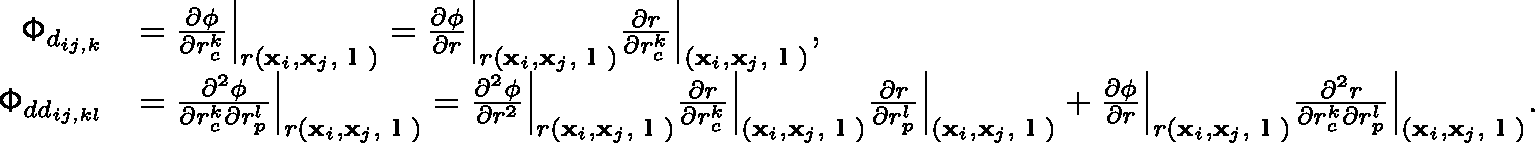
\begin{array} { r l } { \mathsf { \Phi } _ { d _ { i j , k } } } & { = \ensuremath { \frac { \partial \phi } { \partial r _ { c } ^ { k } } } \Bigr | _ { r ( \ensuremath { \mathbf { x } } _ { i } , \ensuremath { \mathbf { x } } _ { j } , \textbf { l } ) } = \ensuremath { \frac { \partial \phi } { \partial r } } \Bigr | _ { r ( \ensuremath { \mathbf { x } } _ { i } , \ensuremath { \mathbf { x } } _ { j } , \textbf { l } ) } \ensuremath { \frac { \partial r } { \partial r _ { c } ^ { k } } } \Bigr | _ { ( \ensuremath { \mathbf { x } } _ { i } , \ensuremath { \mathbf { x } } _ { j } , \textbf { l } ) } , } \\ { \mathsf { \Phi } _ { d d _ { i j , k l } } } & { = \frac { \partial ^ { 2 } \phi } { \partial r _ { c } ^ { k } \partial r _ { p } ^ { l } } \Bigr | _ { r ( \ensuremath { \mathbf { x } } _ { i } , \ensuremath { \mathbf { x } } _ { j } , \textbf { l } ) } = \ensuremath { \frac { \partial ^ { 2 } \phi } { \partial r ^ { 2 } } } \Bigr | _ { r ( \ensuremath { \mathbf { x } } _ { i } , \ensuremath { \mathbf { x } } _ { j } , \textbf { l } ) } \ensuremath { \frac { \partial r } { \partial r _ { c } ^ { k } } } \Bigr | _ { ( \ensuremath { \mathbf { x } } _ { i } , \ensuremath { \mathbf { x } } _ { j } , \textbf { l } ) } \ensuremath { \frac { \partial r } { \partial r _ { p } ^ { l } } } \Bigr | _ { ( \ensuremath { \mathbf { x } } _ { i } , \ensuremath { \mathbf { x } } _ { j } , \textbf { l } ) } + \ensuremath { \frac { \partial \phi } { \partial r } } \Bigr | _ { r ( \ensuremath { \mathbf { x } } _ { i } , \ensuremath { \mathbf { x } } _ { j } , \textbf { l } ) } \frac { \partial ^ { 2 } r } { \partial r _ { c } ^ { k } \partial r _ { p } ^ { l } } \Bigr | _ { ( \ensuremath { \mathbf { x } } _ { i } , \ensuremath { \mathbf { x } } _ { j } , \textbf { l } ) } . } \end{array}